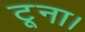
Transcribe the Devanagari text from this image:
टूना।